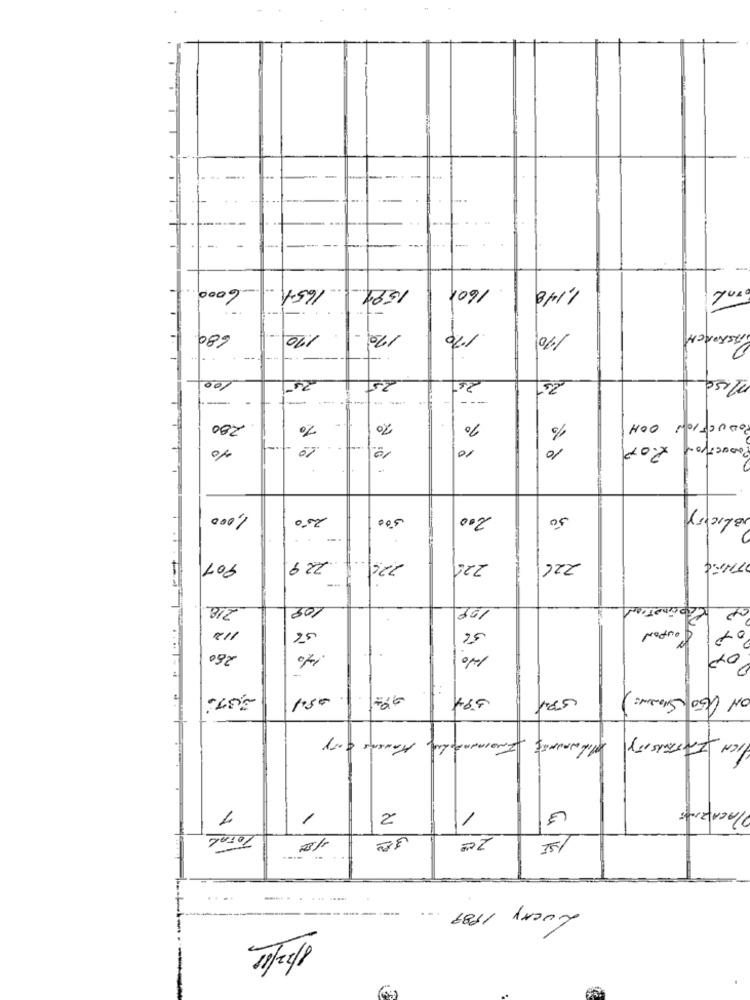
-
6000.
1651
1590
1600
1,148
680.
1.70
170
170
190
ASKORCH
100
25
25
25
-- -
ODUCTION
280
70
10
OOH
10
10
10
2.00
asocivon
1,000
250
500
200
50
907
229
224
226
THEC
-
218
109
199
112
56
COUPON
260
3,37.
Kansas city
ICH InThisITY
PLACAZINE
/
2
/
TOTAL
12
30
SI
.. .
Lucky 1989
---------
.-.
1/2/11